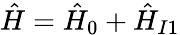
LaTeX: \hat{H}=\hat{H}_{0}+\hat{H}_{I1}